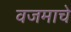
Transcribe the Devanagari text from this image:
वजमाचे